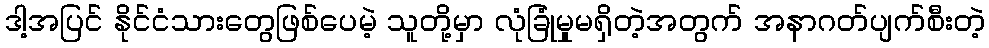
ဒါ့အပြင် နိုင်ငံသားတွေဖြစ်ပေမဲ့ သူတို့မှာ လုံခြုံမှုမရှိတဲ့အတွက် အနာဂတ်ပျက်စီးတဲ့